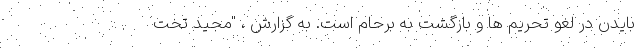
بایدن در لغو تحریم ها و بازگشت به برحام است. به گزارش ، "مجید تخت